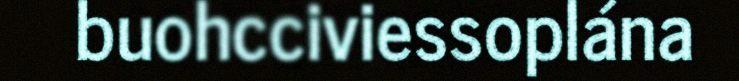
buohcciviessoplána